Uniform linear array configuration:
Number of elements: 24
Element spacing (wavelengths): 1
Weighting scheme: cosine
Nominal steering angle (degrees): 0
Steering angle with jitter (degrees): -0.3747
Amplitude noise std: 0.05
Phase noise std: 0.05

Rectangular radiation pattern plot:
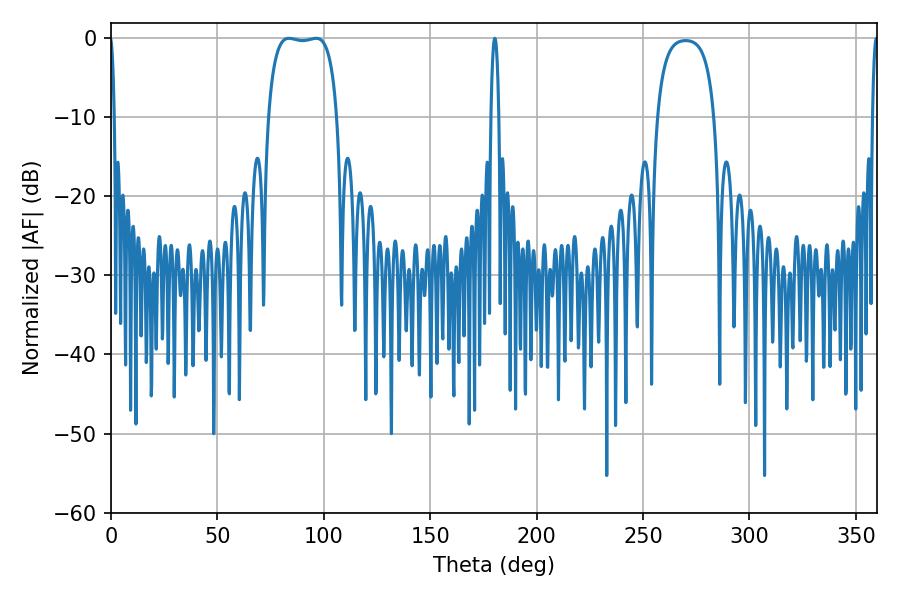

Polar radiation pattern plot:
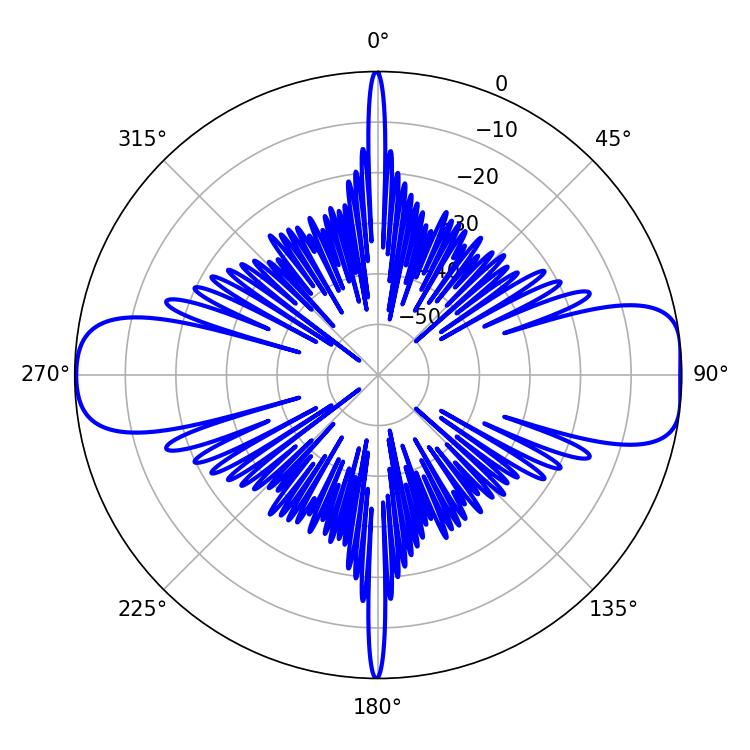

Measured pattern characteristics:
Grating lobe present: TRUE
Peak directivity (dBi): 11.746
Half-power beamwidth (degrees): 2.16
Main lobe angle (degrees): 180.36